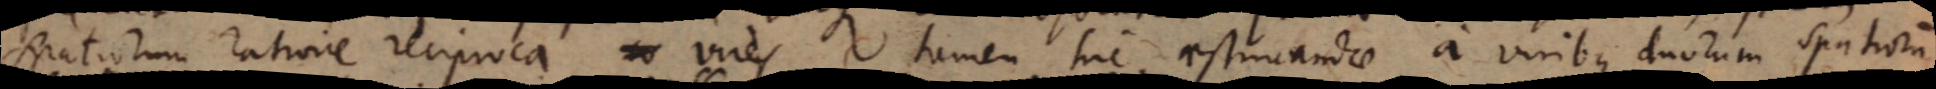
spatiorum ratione reciproca, vires tamen hic aestimandae a viribus duorum spatiorum